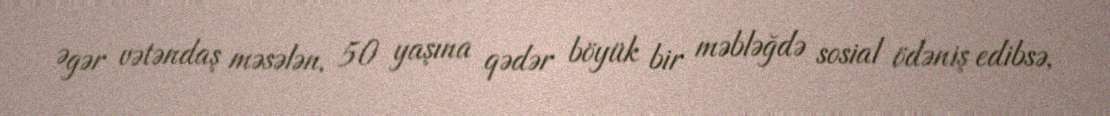
Əgər vətəndaş məsələn, 50 yaşına qədər böyük bir məbləğdə sosial ödəniş edibsə,